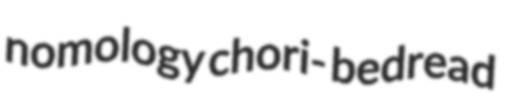
nomology chori- bedread